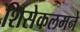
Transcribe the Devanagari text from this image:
शिसेकलमने